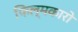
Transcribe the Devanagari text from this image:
फिल्मकारो